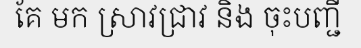
គែ មក ស្រាវជ្រាវ និង ចុះបញ្ជី